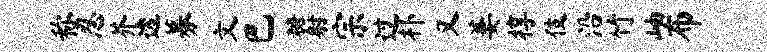
称忍芥透募文巴糖射宗过朴又萋椁伎沿竹岫布